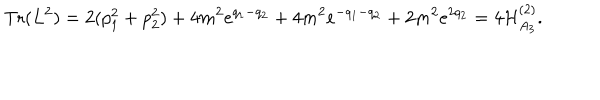
\mathrm { T r } ( L ^ { 2 } ) = 2 ( p _ { 1 } ^ { 2 } + p _ { 2 } ^ { 2 } ) + 4 m ^ { 2 } e ^ { q _ { 1 } - q _ { 2 } } + 4 m ^ { 2 } e ^ { - q _ { 1 } - q _ { 2 } } + 2 m ^ { 2 } e ^ { 2 q _ { 2 } } = 4 { \cal H } _ { A _ { 3 } } ^ { ( 2 ) } .